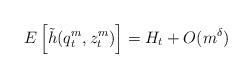
LaTeX: \begin{align*}&E\left[\tilde h(q_t^m,z_t^m)\right]=H_t+O(m^{\delta})\end{align*}